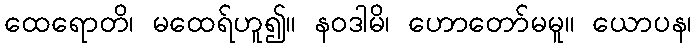
ထေရောတိ၊ မထေရ်ဟူ၍။ နဝဒါမိ၊ ဟောတော်မမူ။ ယောပန၊